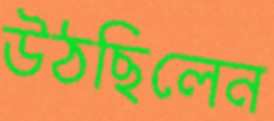
উঠছিলেন